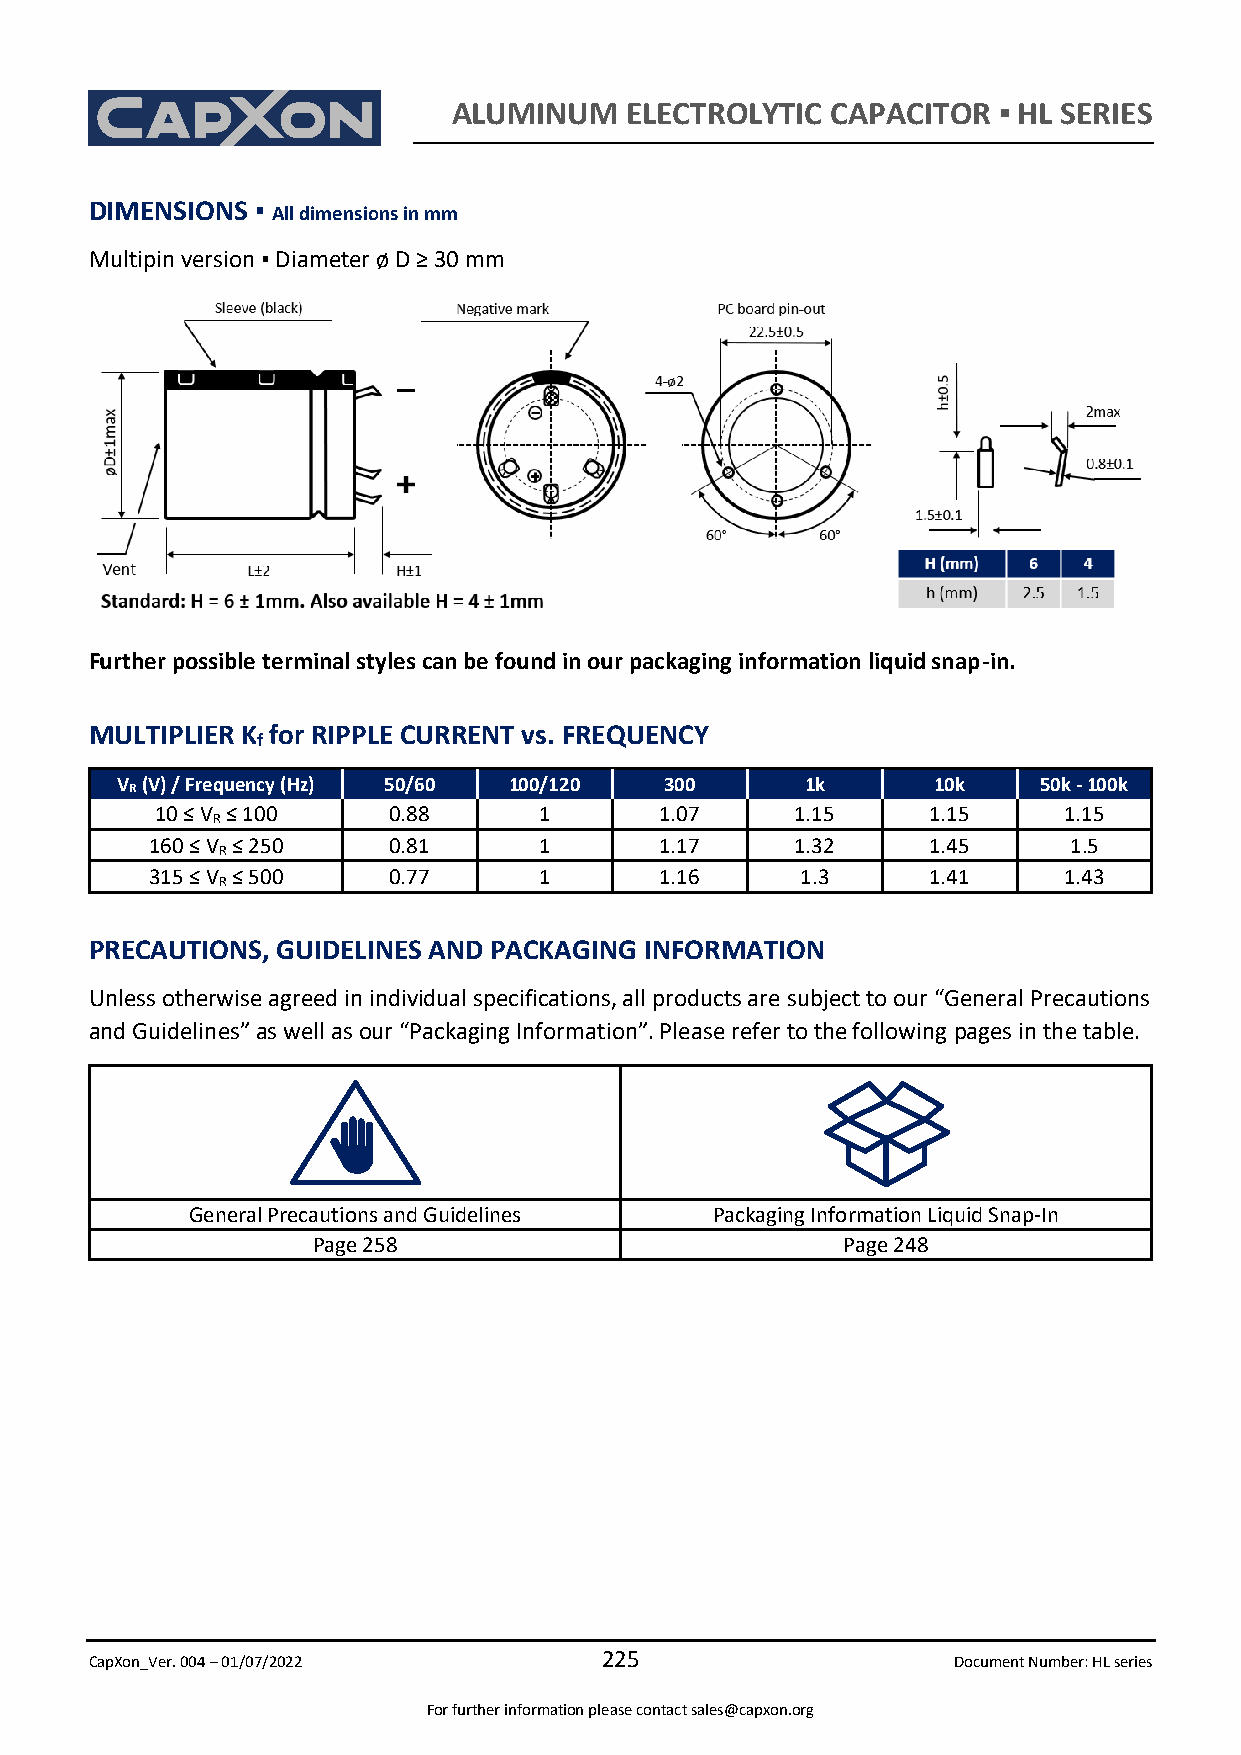
ALUMINUM   ELECTROLYTIC  CAPACITOR  ▪ HL SERIES
 DIMENSIONS ▪ All dimensions in mm
 Multipin version ▪ Diameter ø D ≥ 30 mm
 Further possible terminal styles can be found in our packaging information liquid snap-in.
 MULTIPLIER K for RIPPLE CURRENT vs. FREQUENCY
 f
 V (V) / Frequency (Hz) 50/60 100/120 300     1k       10k    50k - 100k
 R
 10 ≤ V R ≤ 100  0.88      1       1.07     1.15    1.15     1.15
 160 ≤ V R ≤ 250 0.81      1       1.17     1.32    1.45      1.5
 315 ≤ V R ≤ 500 0.77      1       1.16     1.3     1.41     1.43
 PRECAUTIONS, GUIDELINES AND PACKAGING INFORMATION
 Unless otherwise agreed in individual specifications, all products are subject to our “General Precautions
 and Guidelines” as well as our “Packaging Information”. Please refer to the following pages in the table.
 General Precautions and Guidelines Packaging Information Liquid Snap-In
 Page 258                           Page 248
 CapXon_Ver. 004 – 01/07/2022
 225
 Document Number: HL series
 For further information please contact sales@capxon.org